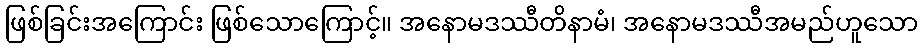
ဖြစ်ခြင်းအကြောင်း ဖြစ်သောကြောင့်။ အနောမဒဿီတိနာမံ၊ အနောမဒဿီအမည်ဟူသော